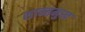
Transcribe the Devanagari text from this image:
शान्तमुख